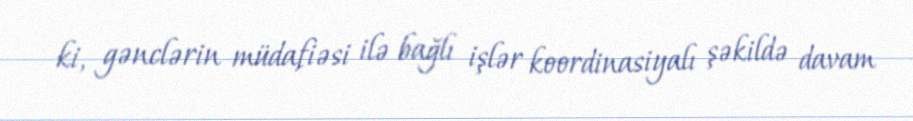
ki, gənclərin müdafiəsi ilə bağlı işlər koordinasiyalı şəkildə davam